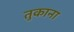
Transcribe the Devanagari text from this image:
तुकाना